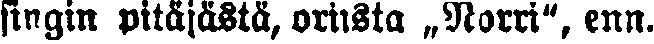
singin pitäjästä, oriista „Norri", enn.